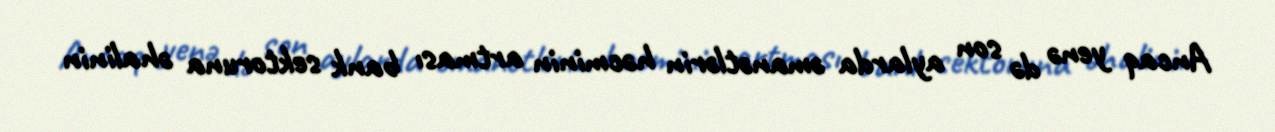
Ancaq yenə də son aylarda əmanətlərin həcminin artması bank sektoruna əhalinin